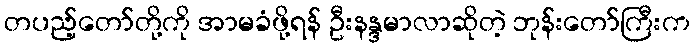
တပည့်တော်တို့ကို အာမခံဖို့ရန် ဦးနန္ဒမာလာဆိုတဲ့ ဘုန်းတော်ကြီးက